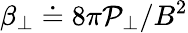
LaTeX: \beta_{\perp}\doteq8\pi\mathcal{P}_{\perp}/B^{2}